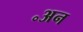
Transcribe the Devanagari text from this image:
॰अन